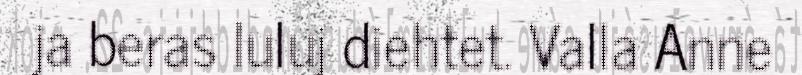
ja beras luluj diehtet. Valla Anne